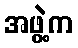
အဖွဲ့က